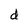
Character: d